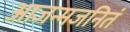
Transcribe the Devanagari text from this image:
आजन्मजनितं